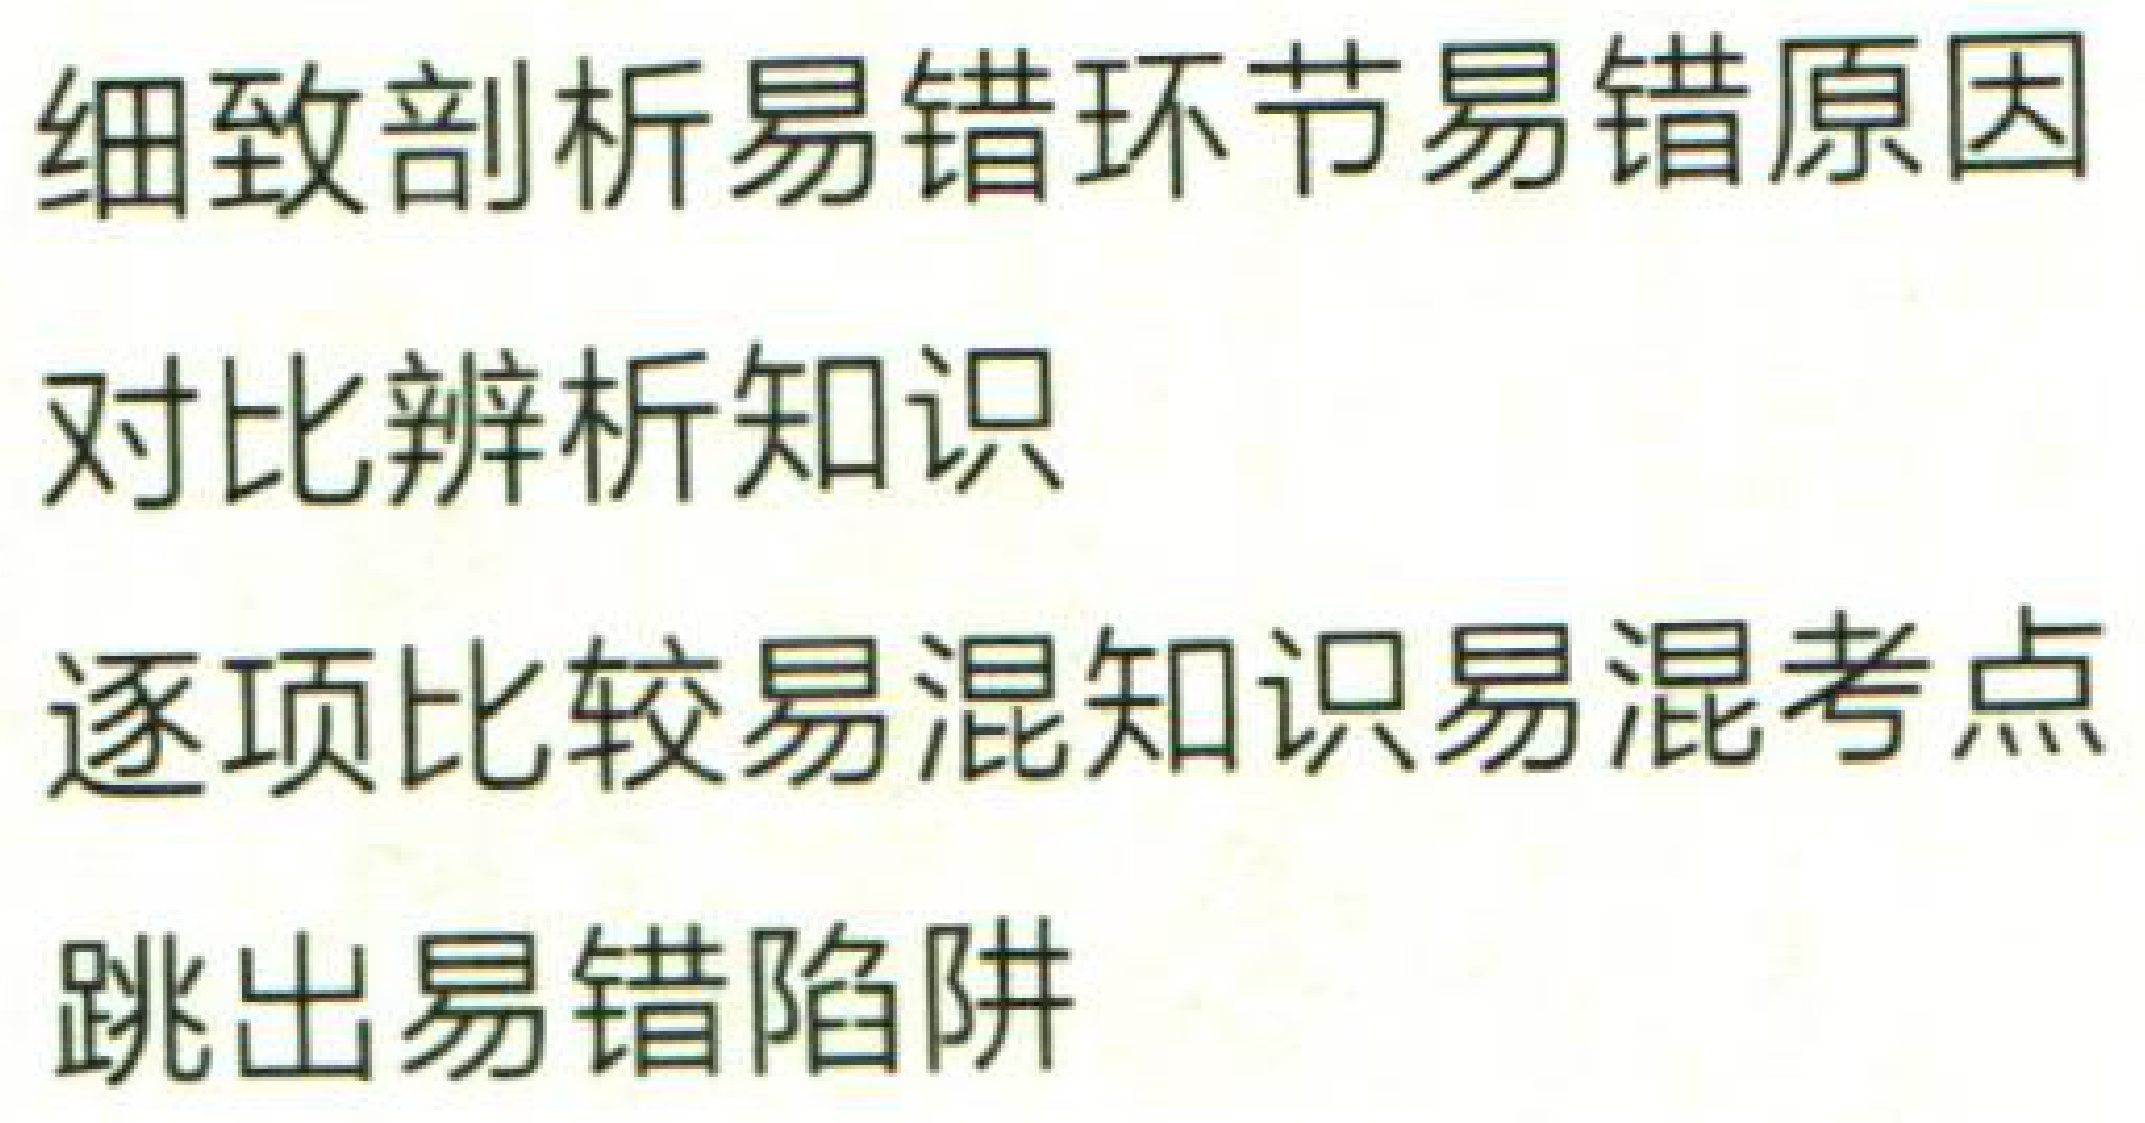
细致剖析易错环节易错原因

对比辨析知识

逐项比较易混知识易混考点

跳出易错陷阱